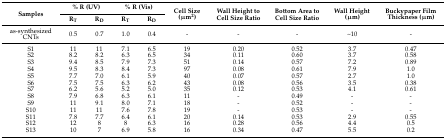
<table><thead><tr><td rowspan="2"><b>Samples</b></td><td colspan="2"><b>% R (UV)</b></td><td colspan="2"><b>% R (Vis)</b></td><td rowspan="2"><b>Cell Size (μm<sup>2</sup>)</b></td><td rowspan="2"><b>Wall Height to Cell Size Ratio</b></td><td rowspan="2"><b>Bottom Area to Cell Size Ratio</b></td><td rowspan="2"><b>Wall Height (μm)</b></td><td rowspan="2"><b>Buckypaper Film Thickness (μm)</b></td></tr><tr><td><b>R<sub>T</sub></b></td><td><b>R<sub>D</sub></b></td><td><b>R<sub>T</sub></b></td><td><b>R<sub>D</sub></b></td></tr></thead><tbody><tr><td>as-synthesized CNTs</td><td>0.5</td><td>0.7</td><td>1.0</td><td>0.4</td><td>-</td><td>-</td><td>-</td><td>~10</td><td>-</td></tr><tr><td>S1</td><td>11</td><td>11</td><td>7.1</td><td>6.5</td><td>19</td><td>0.20</td><td>0.52</td><td>3.7</td><td>0.47</td></tr><tr><td>S2</td><td>8.2</td><td>8.2</td><td>6.3</td><td>6.5</td><td>34</td><td>0.11</td><td>0.60</td><td>3.7</td><td>0.58</td></tr><tr><td>S3</td><td>9.4</td><td>8.5</td><td>7.9</td><td>7.3</td><td>51</td><td>0.14</td><td>0.57</td><td>7.2</td><td>0.89</td></tr><tr><td>S4</td><td>9.5</td><td>8.3</td><td>8.4</td><td>7.3</td><td>97</td><td>0.08</td><td>0.61</td><td>7.9</td><td>1.0</td></tr><tr><td>S5</td><td>7.7</td><td>7.0</td><td>6.1</td><td>5.9</td><td>40</td><td>0.07</td><td>0.57</td><td>2.7</td><td>1.0</td></tr><tr><td>S6</td><td>7.5</td><td>7.5</td><td>6.3</td><td>6.2</td><td>43</td><td>0.08</td><td>0.56</td><td>3.5</td><td>0.38</td></tr><tr><td>S7</td><td>6.2</td><td>5.6</td><td>5.2</td><td>5.0</td><td>35</td><td>0.12</td><td>0.53</td><td>4.1</td><td>0.61</td></tr><tr><td>S8</td><td>7.9</td><td>6.8</td><td>6.3</td><td>6.1</td><td>11</td><td>-</td><td>0.49</td><td>-</td><td>-</td></tr><tr><td>S9</td><td>11</td><td>9.1</td><td>8.0</td><td>7.1</td><td>18</td><td>-</td><td>0.52</td><td>-</td><td>-</td></tr><tr><td>S10</td><td>11</td><td>11</td><td>7.6</td><td>7.8</td><td>19</td><td>-</td><td>0.53</td><td>-</td><td>-</td></tr><tr><td>S11</td><td>7.8</td><td>7.7</td><td>6.4</td><td>6.1</td><td>20</td><td>0.14</td><td>0.53</td><td>2.9</td><td>0.55</td></tr><tr><td>S12</td><td>12</td><td>8</td><td>8</td><td>6.3</td><td>16</td><td>0.28</td><td>0.56</td><td>4.4</td><td>0.5</td></tr><tr><td>S13</td><td>10</td><td>7</td><td>6.9</td><td>5.8</td><td>16</td><td>0.34</td><td>0.47</td><td>5.5</td><td>0.2</td></tr></tbody></table>